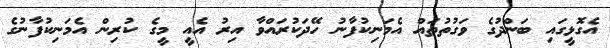
އެގޮޅީގައި ބަންދުގެ ވަގުތުތައް އެމަނިކުފާނު ހޭދަކުރައްވާ އިރު އެއީ މީގެ ކުރިން އެމަނިކުފާނުގެ